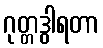
ဂုတ္တဒွါရတာ